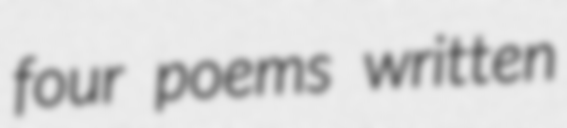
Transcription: four poems written